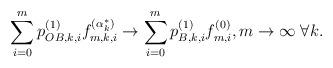
LaTeX: \begin{align*}\sum\limits_{i = 0}^m {p_{OB,k,i}^{(1)}f_{m,k,i}^{(\alpha _k^*)}} \to \sum\limits_{i = 0}^m {p_{B,k,i}^{(1)}f_{m,i}^{(0)}} ,{}m \to \infty \;\forall k.\end{align*}